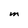
Character: M